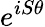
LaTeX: e^{iS\theta}